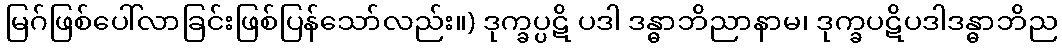
မြဂ်ဖြစ်ပေါ်လာခြင်းဖြစ်ပြန်သော်လည်း။) ဒုက္ခပ္ပဋိ ပဒါ ဒန္ဓာဘိညာနာမ၊ ဒုက္ခပဋိပဒါဒန္ဓာဘိည